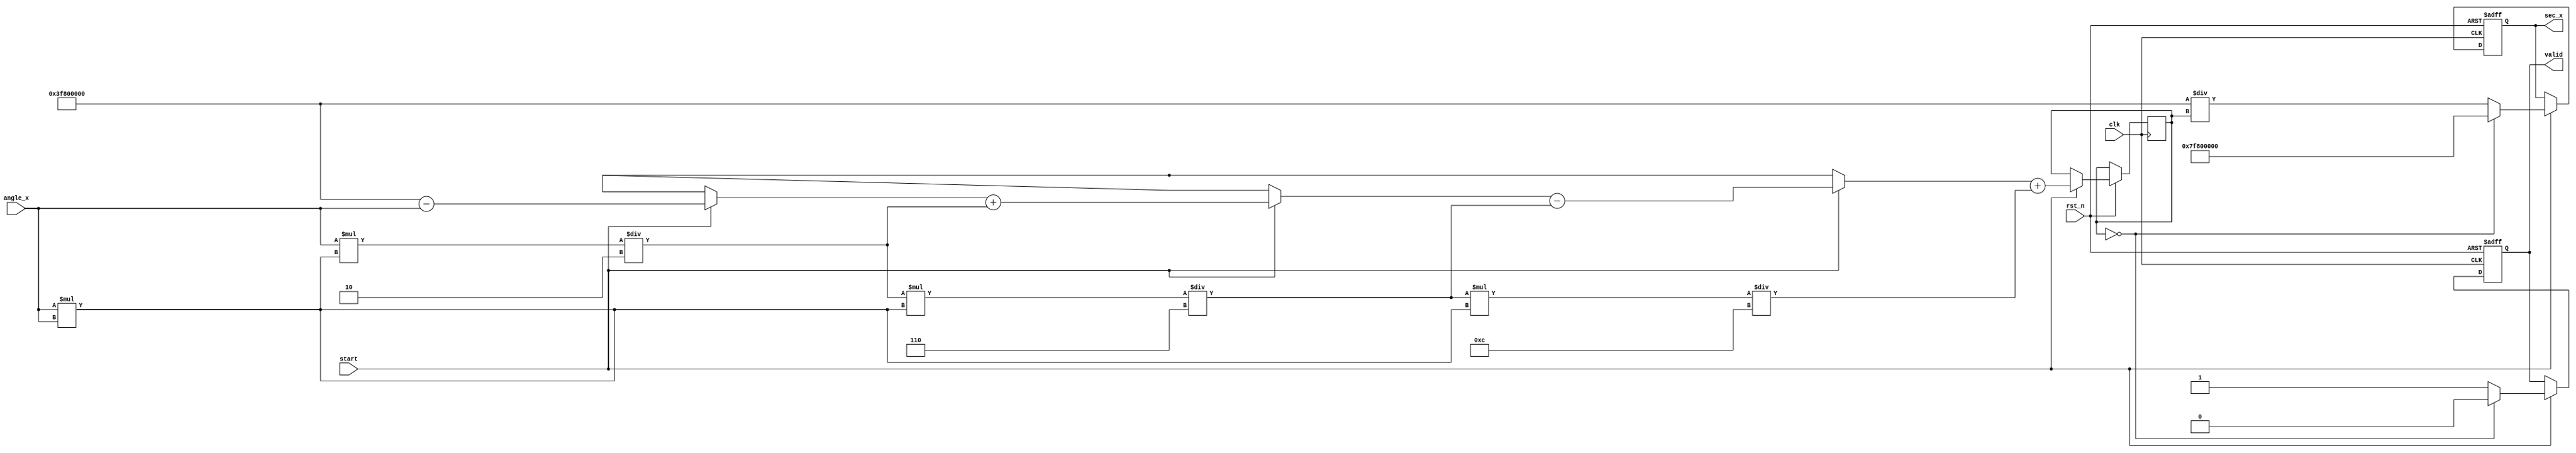
module secant (
    input wire clk,                   // Clock input
    input wire rst_n,                 // Active low reset
    input wire [31:0] angle_x,       // Input angle in radians (IEEE 754 single-precision)
    input wire start,                 // Start signal for computation
    output reg [31:0] sec_x,          // Output secant value (IEEE 754 single-precision)
    output reg valid                  // Valid flag output
);

    reg [31:0] cos_x;                // Cosine value (IEEE 754 single-precision)
    reg computation_done;

    // Function to compute cosine using Taylor series approximation
    function [31:0] compute_cosine;
        input [31:0] angle;
        reg [31:0] term;
        reg [31:0] sum;
        reg [31:0] angle_squared;
        integer i;
        begin
            sum = 32'h3F800000; // Initial term: 1.0
            angle_squared = angle * angle; // angle^2

            term = angle; // Start with the first term (x)
            for (i = 1; i < 5; i = i + 1) begin
                if (i % 2 == 1) begin
                    // Odd terms are negative
                    sum = sum - term;
                end else begin
                    // Even terms are positive
                    sum = sum + term;
                end
                term = (term * angle_squared) / (i * (i + 1)); // Compute next term
            end
            
            compute_cosine = sum; // Return the computed cosine value
        end
    endfunction

    // Main computation block
    always @(posedge clk or negedge rst_n) begin
        if (!rst_n) begin
            sec_x <= 32'b0;
            valid <= 1'b0;
            computation_done <= 1'b0;
        end else if (start) begin
            cos_x <= compute_cosine(angle_x); // Compute cosine
            if (cos_x == 32'h00000000) begin // Check for zero cosine
                sec_x <= 32'h7F800000; // Set sec_x to +infinity (IEEE 754 representation)
                valid <= 1'b0; // Invalid output
            end else begin
                sec_x <= (32'h3F800000 / cos_x); // sec_x = 1 / cos_x
                valid <= 1'b1; // Valid output
            end
            computation_done <= 1'b1;
        end
    end

endmodule